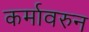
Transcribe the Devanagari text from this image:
कर्मावरुन